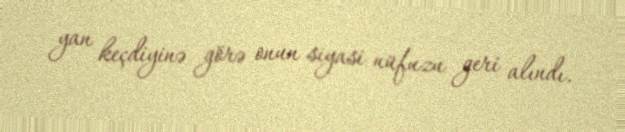
yan keçdiyinə görə onun siyasi nüfuzu geri alındı.